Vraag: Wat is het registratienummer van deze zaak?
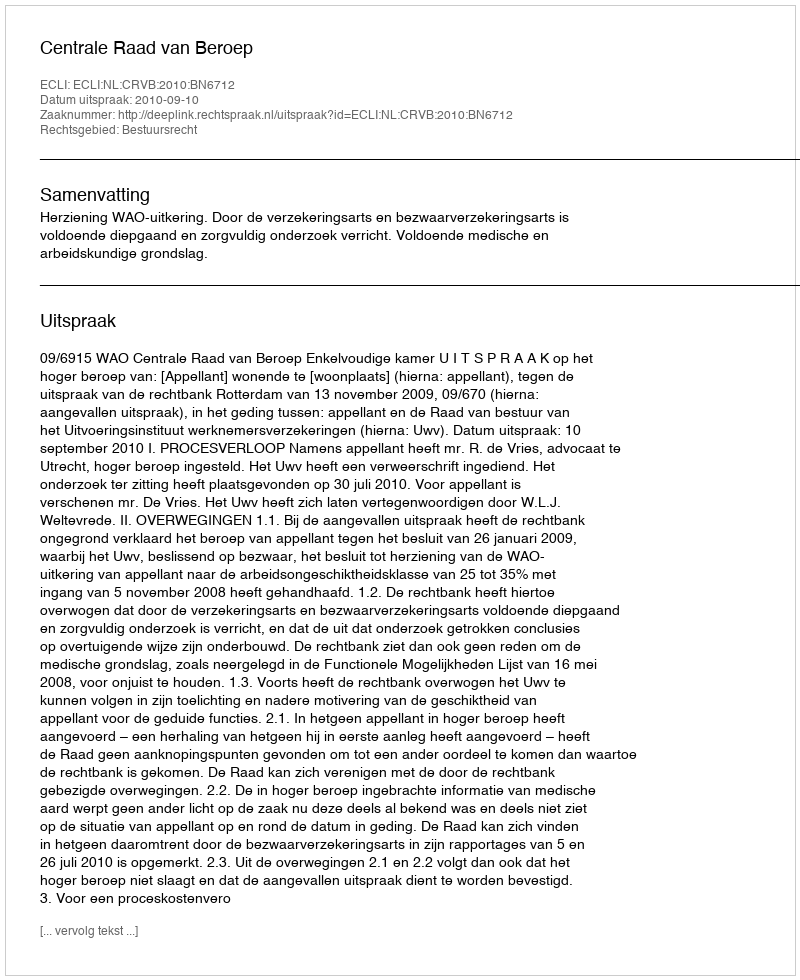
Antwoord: http://deeplink.rechtspraak.nl/uitspraak?id=ECLI:NL:CRVB:2010:BN6712